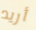
أريد